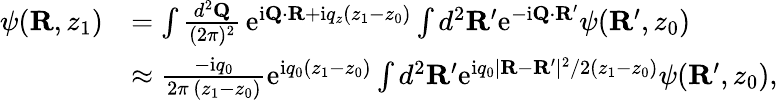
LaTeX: \begin{array}{rl}{\psi({\mathbf R},z_{1})}&{=\int\frac{d^{2}{\mathbf Q}}{(2\pi)^{2}}\, \mathrm{e}^{\mathrm{i}{\mathbf Q}\cdot{\mathbf R}+\mathrm{i}q_{z}(z_{1}-z_{0})}\int d^{2}{\mathbf R}^{\prime}\mathrm{e}^{-\mathrm{i}{\mathbf Q}\cdot{\mathbf R}^{\prime}}\psi({\mathbf R}^{\prime},z_{0})}\\ &{\approx\frac{-\mathrm{i}q_{0}}{2\pi\, (z_{1}-z_{0})}\mathrm{e}^{\mathrm{i}q_{0}(z_{1}-z_{0})}\int d^{2}{\mathbf R}^{\prime}\mathrm{e}^{\mathrm{i}q_{0}|{\mathbf R}-{\mathbf R}^{\prime}|^{2}/2(z_{1}-z_{0})}\psi({\mathbf R}^{\prime},z_{0}),}\end{array}